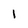
Character: 1